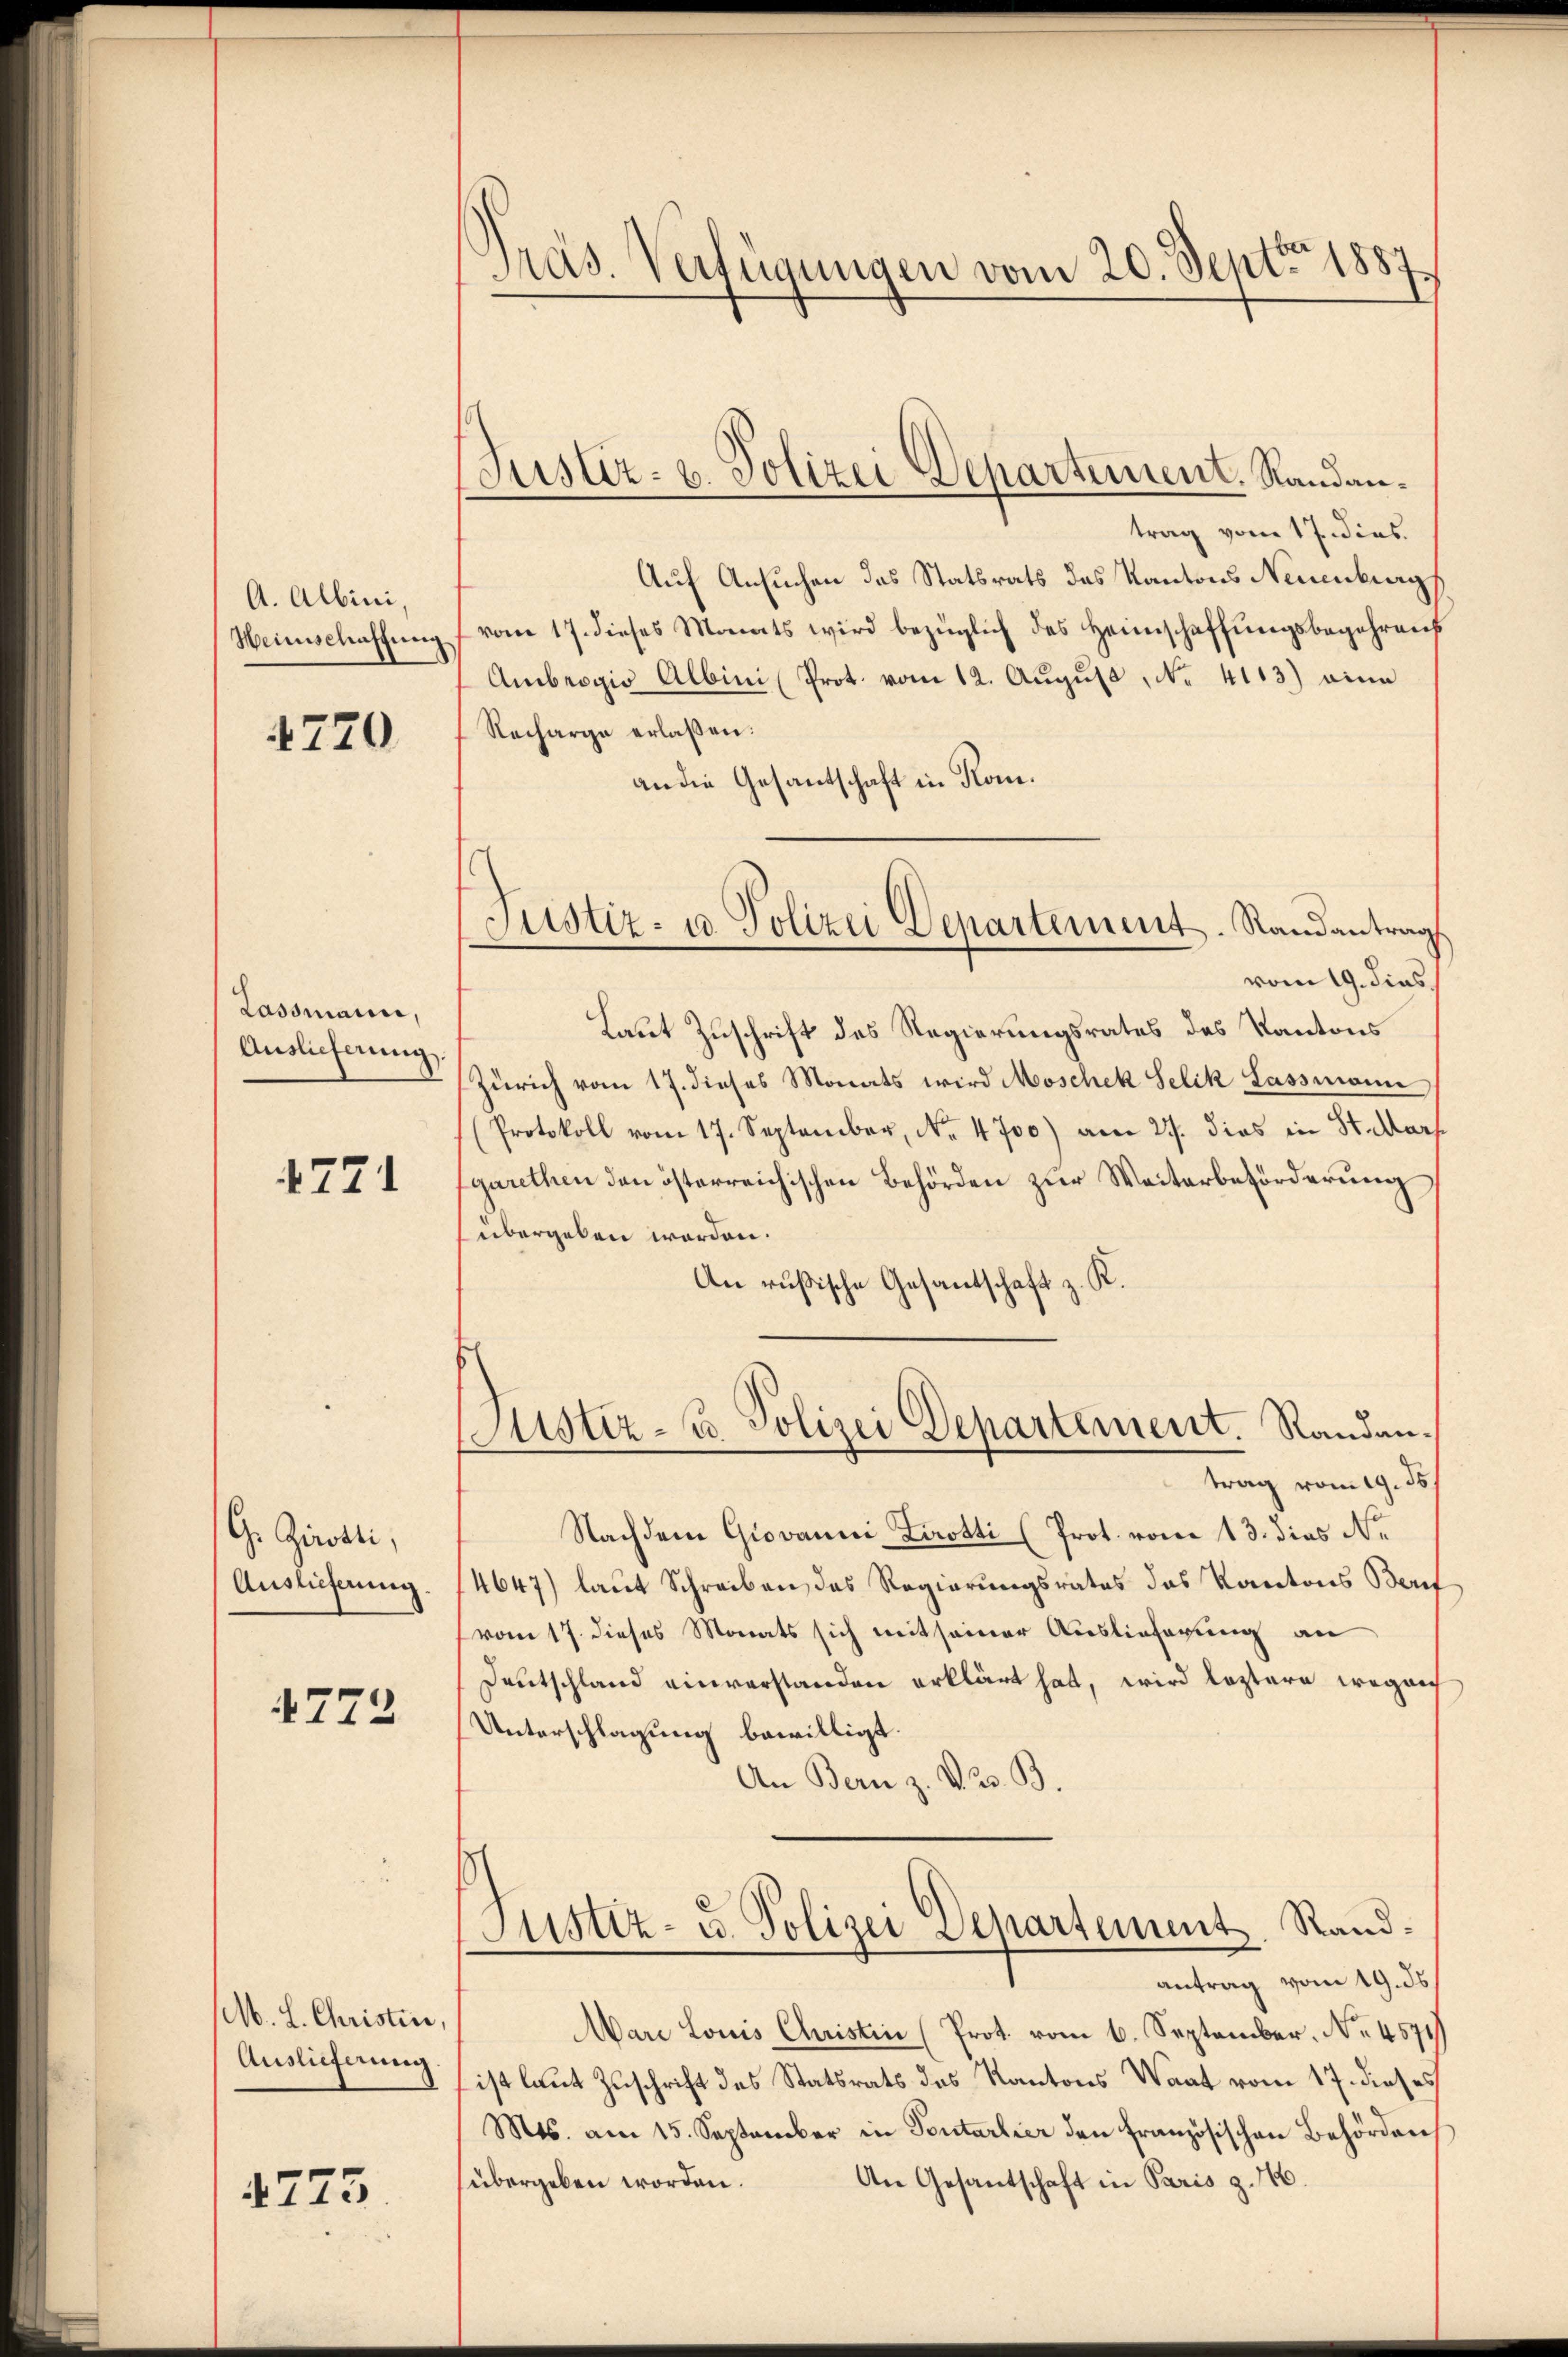
A. Albini,
Heinschaffung

4770

Lassmann,
Auslieferung.

4771

G. Zisati,
Auslieferung.

4772

M. L. Christice,
Auslieferung.

4773

Präs. Verfügungen vom 20. Sept. 1887

trag vom 17. dies
Auf Ansuchen das Statsrats das Kantons Neuenburg
vom 17. dieses Monats wird bezüglich des Heimschaffungsbegehrens
Ambrogio Albini (Prot. vom 12. August No. 4113) eine
Recharge erlaßen:
an die Gesantschaft in Kom¬
Laut Zuschrift des Regierungsrates des Kantons
Zürich vom 17. dieses Monats wird Moschek Selik Lassmann
(Protokoll vom 17. September, No. 4700) am 27. dies in St. Mar
garethen den österreichischen Behörden zur Weiterbeförderung
übergeben worden.
An rußische Gesandtschaft z. R.
Justiz- u. Polizei Departement. Randantrag vom 19. ds.
Nachdem Giovanni Lirotti (Prot. vom 13. dies Ne
4647) laut Schreiben, das Regierungsrates das Kantons Beruf
vom 17. dieses Monats sich mit seiner Auslieferung an
Deutschland einverstanden erklärt hat, wird leztere wegenh
Unterschlagung bewilligt.
An Bern z. v. 23. B.
Justiz- u. Polizei Departement. Randantrag vom 19. ds
Mare Louis Christin (Prot. vom 6. September. No. 4571
ist laut Zuschrift des Statsrats des Kantons Waat vom 17. dieses
Mts. am 15. September in Toutartier den französischen Behördens
An Gesandschaft in Paris z. 1660.
übergeben worden.

Justiz- u. Polizei Departement. Randan¬

Justiz- u Polizei Departement. Randantrag
vom 19. dies